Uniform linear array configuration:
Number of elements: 24
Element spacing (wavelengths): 0.5
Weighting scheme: hann
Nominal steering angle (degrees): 30
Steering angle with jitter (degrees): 31.564
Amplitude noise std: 0.05
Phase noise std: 0.05

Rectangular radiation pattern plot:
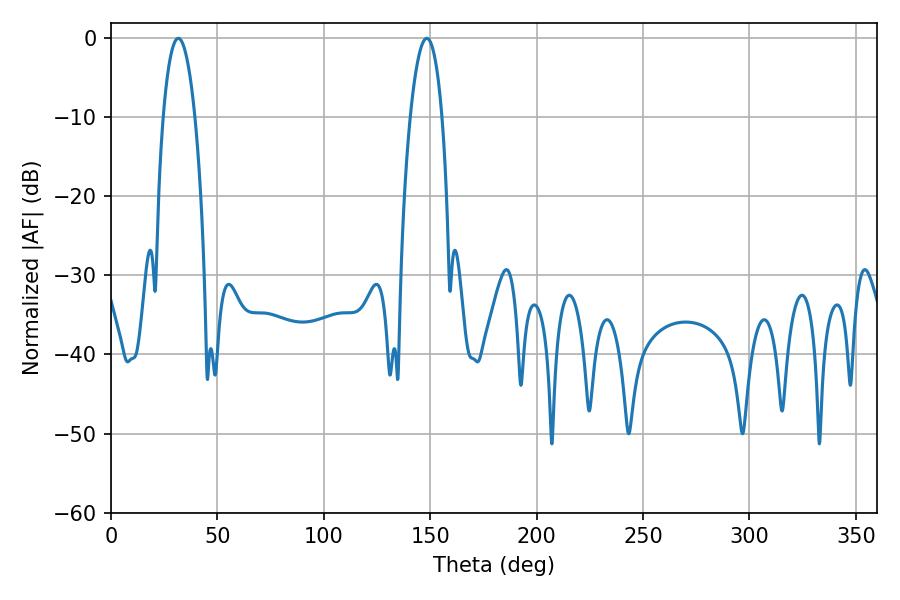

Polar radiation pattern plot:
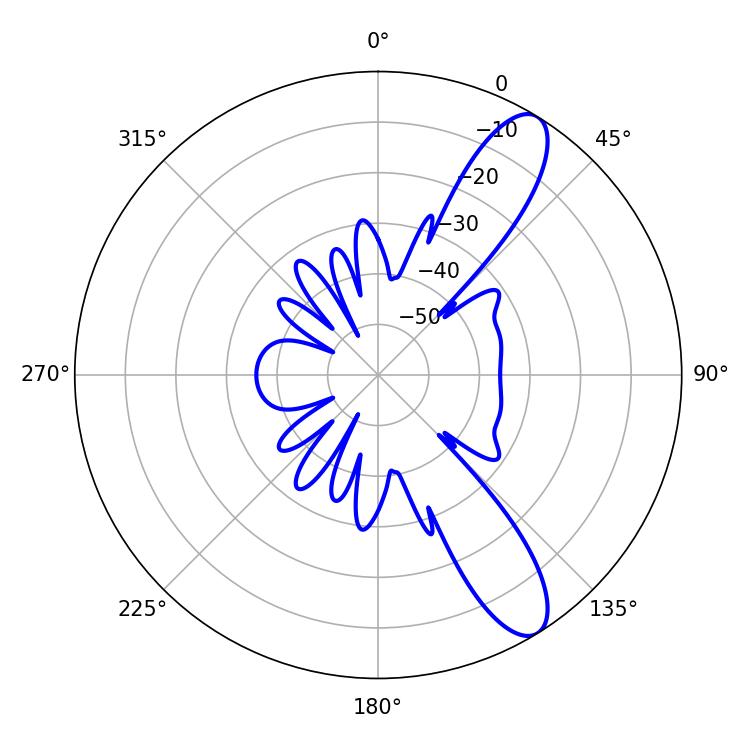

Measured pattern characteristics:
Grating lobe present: FALSE
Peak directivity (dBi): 10.881
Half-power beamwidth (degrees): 8.28
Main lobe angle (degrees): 31.68